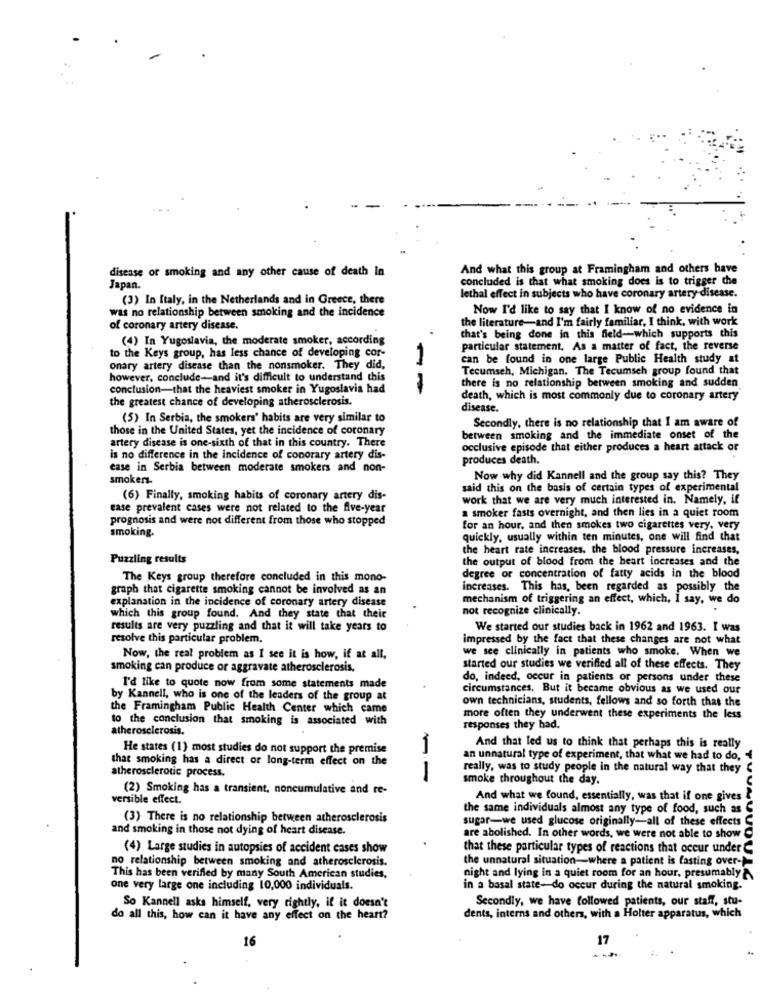
disease or smoking and any other cause of death In
And what this group at Framingham and others have
concluded is that what smoking does is to trigger the
Japan.
(3) In Italy, in the Netherlands and in Greece, there
lethal effect in subjects who have coronary artery disease.
was no relationship between smoking and the incidence
Now I'd like to say that I know of no evidence in
the literature-and I'm fairly familiar, I think, with work
of coronary artery disease.
(4) In Yugoslavia, the moderate smoker, according
that's being done in this field-which supports this
to the Keys group, has less chance of developing cor-
particular statement, As a matter of fact, the reverse
can be found in one large Public Health study at
onary artery disease than the nonsmoker. They did,
Tecumseh, Michigan. The Tecumseh group found that
however, conclude-and it's difficult to understand this
there is no relationship between smoking and sudden
conclusion-that the heaviest smoker in Yugoslavia had
the greatest chance of developing atherosclerosis.
--
death, which is most commonly due to coronary artery
disease.
(5) In Serbia, the smokers' habits are very similar to
Secondly, there is no relationship that I am aware of
those in the United States, yet the incidence of coronary
between smoking and the immediate onset of the
artery disease is one-sixth of that in this country. There
occlusive episode that either produces a heart attack or
is no difference in the incidence of conorary artery dis-
produces death.
ease in Serbia between moderate smokers and non-
smokers-
Now why did Kannell and the group say this? They
said this on the basis of certain types of experimental
(6) Finally, smoking habits of coronary artery dis-
work that we are very much interested in. Namely, if
case prevalent cases were not related to the five-year
a smoker fasts overnight, and then lies in a quiet room
prognosis and were not different from those who stopped
smoking.
for an hour, and then smokes two cigarettes very, very
quickly, usually within ten minutes, one will find that
the heart rate increases. the blood pressure increases,
Puzzling results
the output of blood from the heart increases and the
The Keys group therefore concluded in this mono-
degree or concentration of fatty acids in the blood
graph that cigarette smoking cannot be involved as an
increases. This has, been regarded as possibly the
explanation in the incidence of coronary artery disease
mechanism of triggering an effect, which, I say, we do
not recognize clinically.
which this group found. And they state that their
results are very puzzling and that it will take years to
We started our studies back in 1962 and 1963. I was
resolve this particular problem.
impressed by the fact that these changes are not what
we see clinically in patients who smoke. When we
Now, the real problem as I see it is how, if at all,
smoking can produce or aggravate atherosclerosis.
started our studies we verified all of these effects. They
do, indeed, occur in patients or persons under these
I'd like to quote now from some statements made
circumstances. But it became obvious as we used our
by Kannell, who is one of the leaders of the group at
own technicians, students, fellows and so forth that the
the Framingham Public Health Center which came
to the conclusion that smoking is associated with
more often they underwent these experiments the less
atherosclerosis.
responses they had.
He states (1) most studies do not support the premise
1
And that led us to think that perhaps this is really
that smoking has a direct or long-term effect on the
an unnatural type of experiment, that what we had to do.
atherosclerotic process.
really, was to study people in the natural way that they C
smoke throughout the day.
(2) Smoking has a transient, noncumulative and re-
versible effect.
And what we found, essentially, was that if one gives
the same individuals almost any type of food, such as
(3) There is no relationship between atherosclerosis
sugar-we used glucose originally-all of these effects
and smoking in those not dying of heart disease.
are abolished. In other words, we were not able to show
(4) Large studies in autopsies of accident cases show
that these particular types of reactions that occur under
no relationship between smoking and atherosclerosis.
the unnatural situation-where a patient is fasting over --
This has been verified by many South American studies,
night and lying in a quiet room for an hour, presumably
one very large one including 10,000 individuals.
in a basal state-do occur during the natural smoking.
Secondly, we have followed patients, our staff, stu-
So Kannell asks himself, very rightly, if it doesn't
do all this, how can it have any effect on the heart?
dents, interns and others, with a Holter apparatus, which
16
17